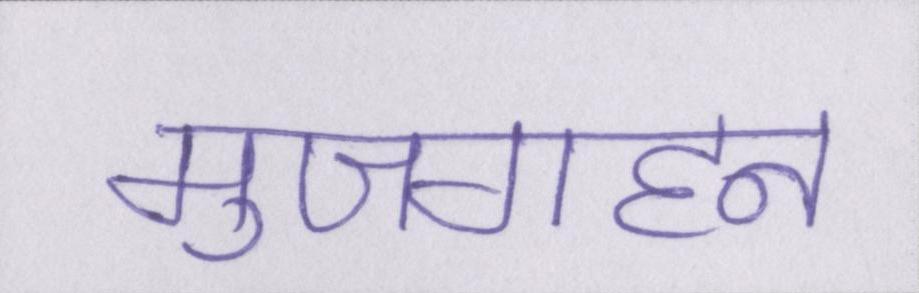
मुजगहन